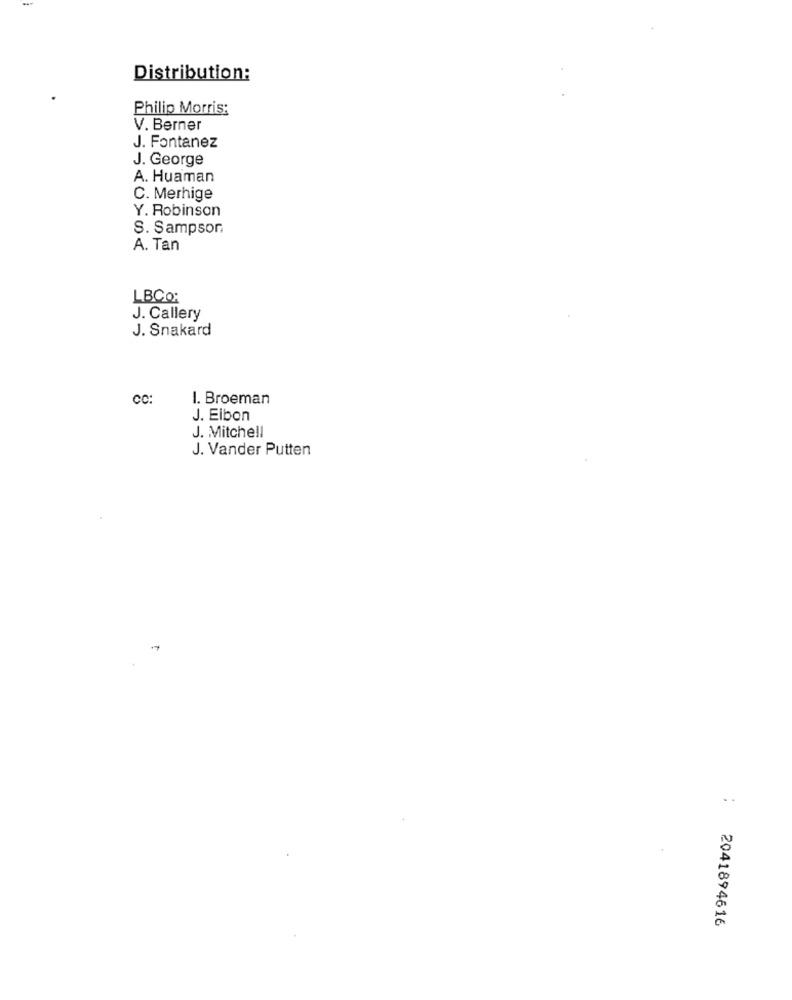
Distribution:
Philip Morris:
V. Berner
J. Fontanez
J. George
A. Huaman
C. Merhige
Y. Robinson
S. Sampson
A. Tan
LBCO;
J. Callery
J. Snakard
CC:
I. Broeman
J. Elbon
J. Mitchell
J. Vander Putten
..
2041894616